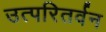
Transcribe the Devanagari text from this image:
उत्परितर्वन